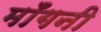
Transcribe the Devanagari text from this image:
मॉँगनी